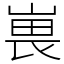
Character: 嵔